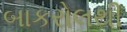
બાકરોલથી